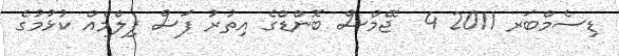
ޑިސެމްބަރ 2011 4  ޖޭމްސް ބޮންޑްގެ އިތުރު ފަސް ފިލްމެއް ކުޅުމުގެ